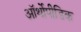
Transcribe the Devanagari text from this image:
ऑर्थोपीडिक